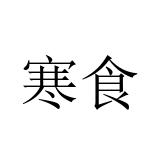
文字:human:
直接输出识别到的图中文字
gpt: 寒食